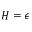
H = \epsilon